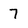
Character: 7